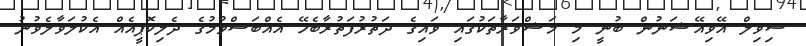
ސިވިލް އޭވިއޭޝަނުން ބުނީ މި މަޝްވަރާތަކުގައި ވައިގެ ދަތުރުފަތުރާބެހޭ އެއްބަސްވުމުގެ ދެލިކޮޕީއެއް އެކުލަވާލެވުނު